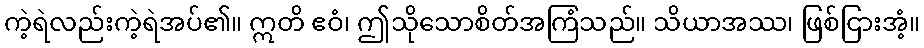
ကဲ့ရဲလည်းကဲ့ရဲအပ်၏။ ဣတိ ဧဝံ၊ ဤသိုသောစိတ်အကြံသည်။ သိယာအဿ၊ ဖြစ်ငြားအံ့။